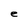
Character: e